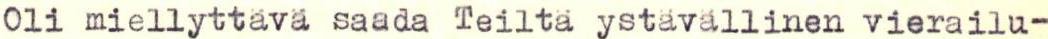
Oli miellyttävä saada Teiltä ystävällinen vierailu-